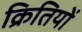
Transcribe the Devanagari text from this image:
क्रितियों